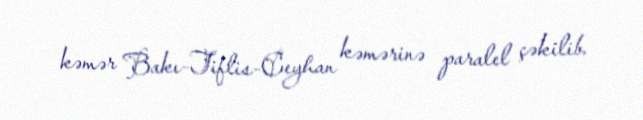
kəmər Bakı-Tiflis-Ceyhan kəmərinə paralel çəkilib.